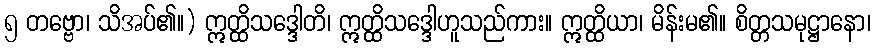
၅ တဗ္ဗော၊ သိအပ်၏။) ဣတ္ထိသဒ္ဒေါတိ၊ ဣတ္ထိသဒ္ဒေါဟူသည်ကား။ ဣတ္ထိယာ၊ မိန်းမ၏။ စိတ္တသမုဋ္ဌာနော၊